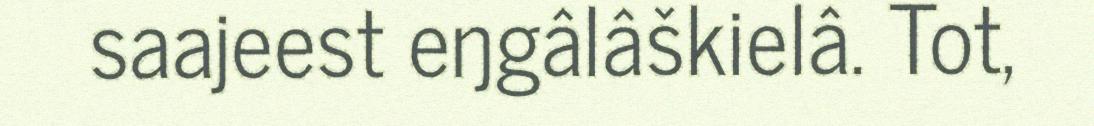
saajeest eŋgâlâškielâ. Tot,